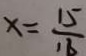
x = \frac { 1 5 } { 1 6 }